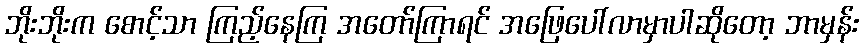
ဘိုးဘိုးက စောင့်သာ ကြည့်နေကြ အတော်ကြာရင် အဖြေပေါ်လာမှာပါဆိုတော့ ဘာမှန်း